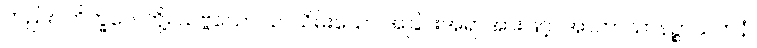
တည်း။ ဘိက္ခဝေ၊ တို့။ သဗ္ဗသော၊ ခပ်သိမ်းသော အခြင်းအရာအားဖြင့်။ အာကာသာနဉ္စာယတနံ၊